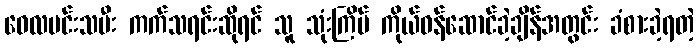
ဝေလမင်းသမီး ကက်သရင်းဆိုရင် သူ သုံးကြိမ် ကိုယ်ဝန်ဆောင်ခဲ့ချိန်အတွင်း ခံစားခဲ့ရတဲ့